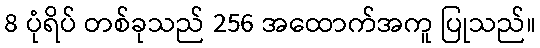
8 ပုံရိပ် တစ်ခုသည် 256 အထောက်အကူ ပြုသည်။